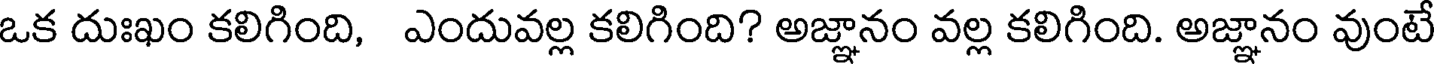
ఒక దుఃఖం కలిగింది, ఎందువల్ల కలిగింది? అజ్ఞానం వల్ల కలిగింది. అజ్ఞానం వుంటే